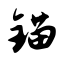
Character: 锚